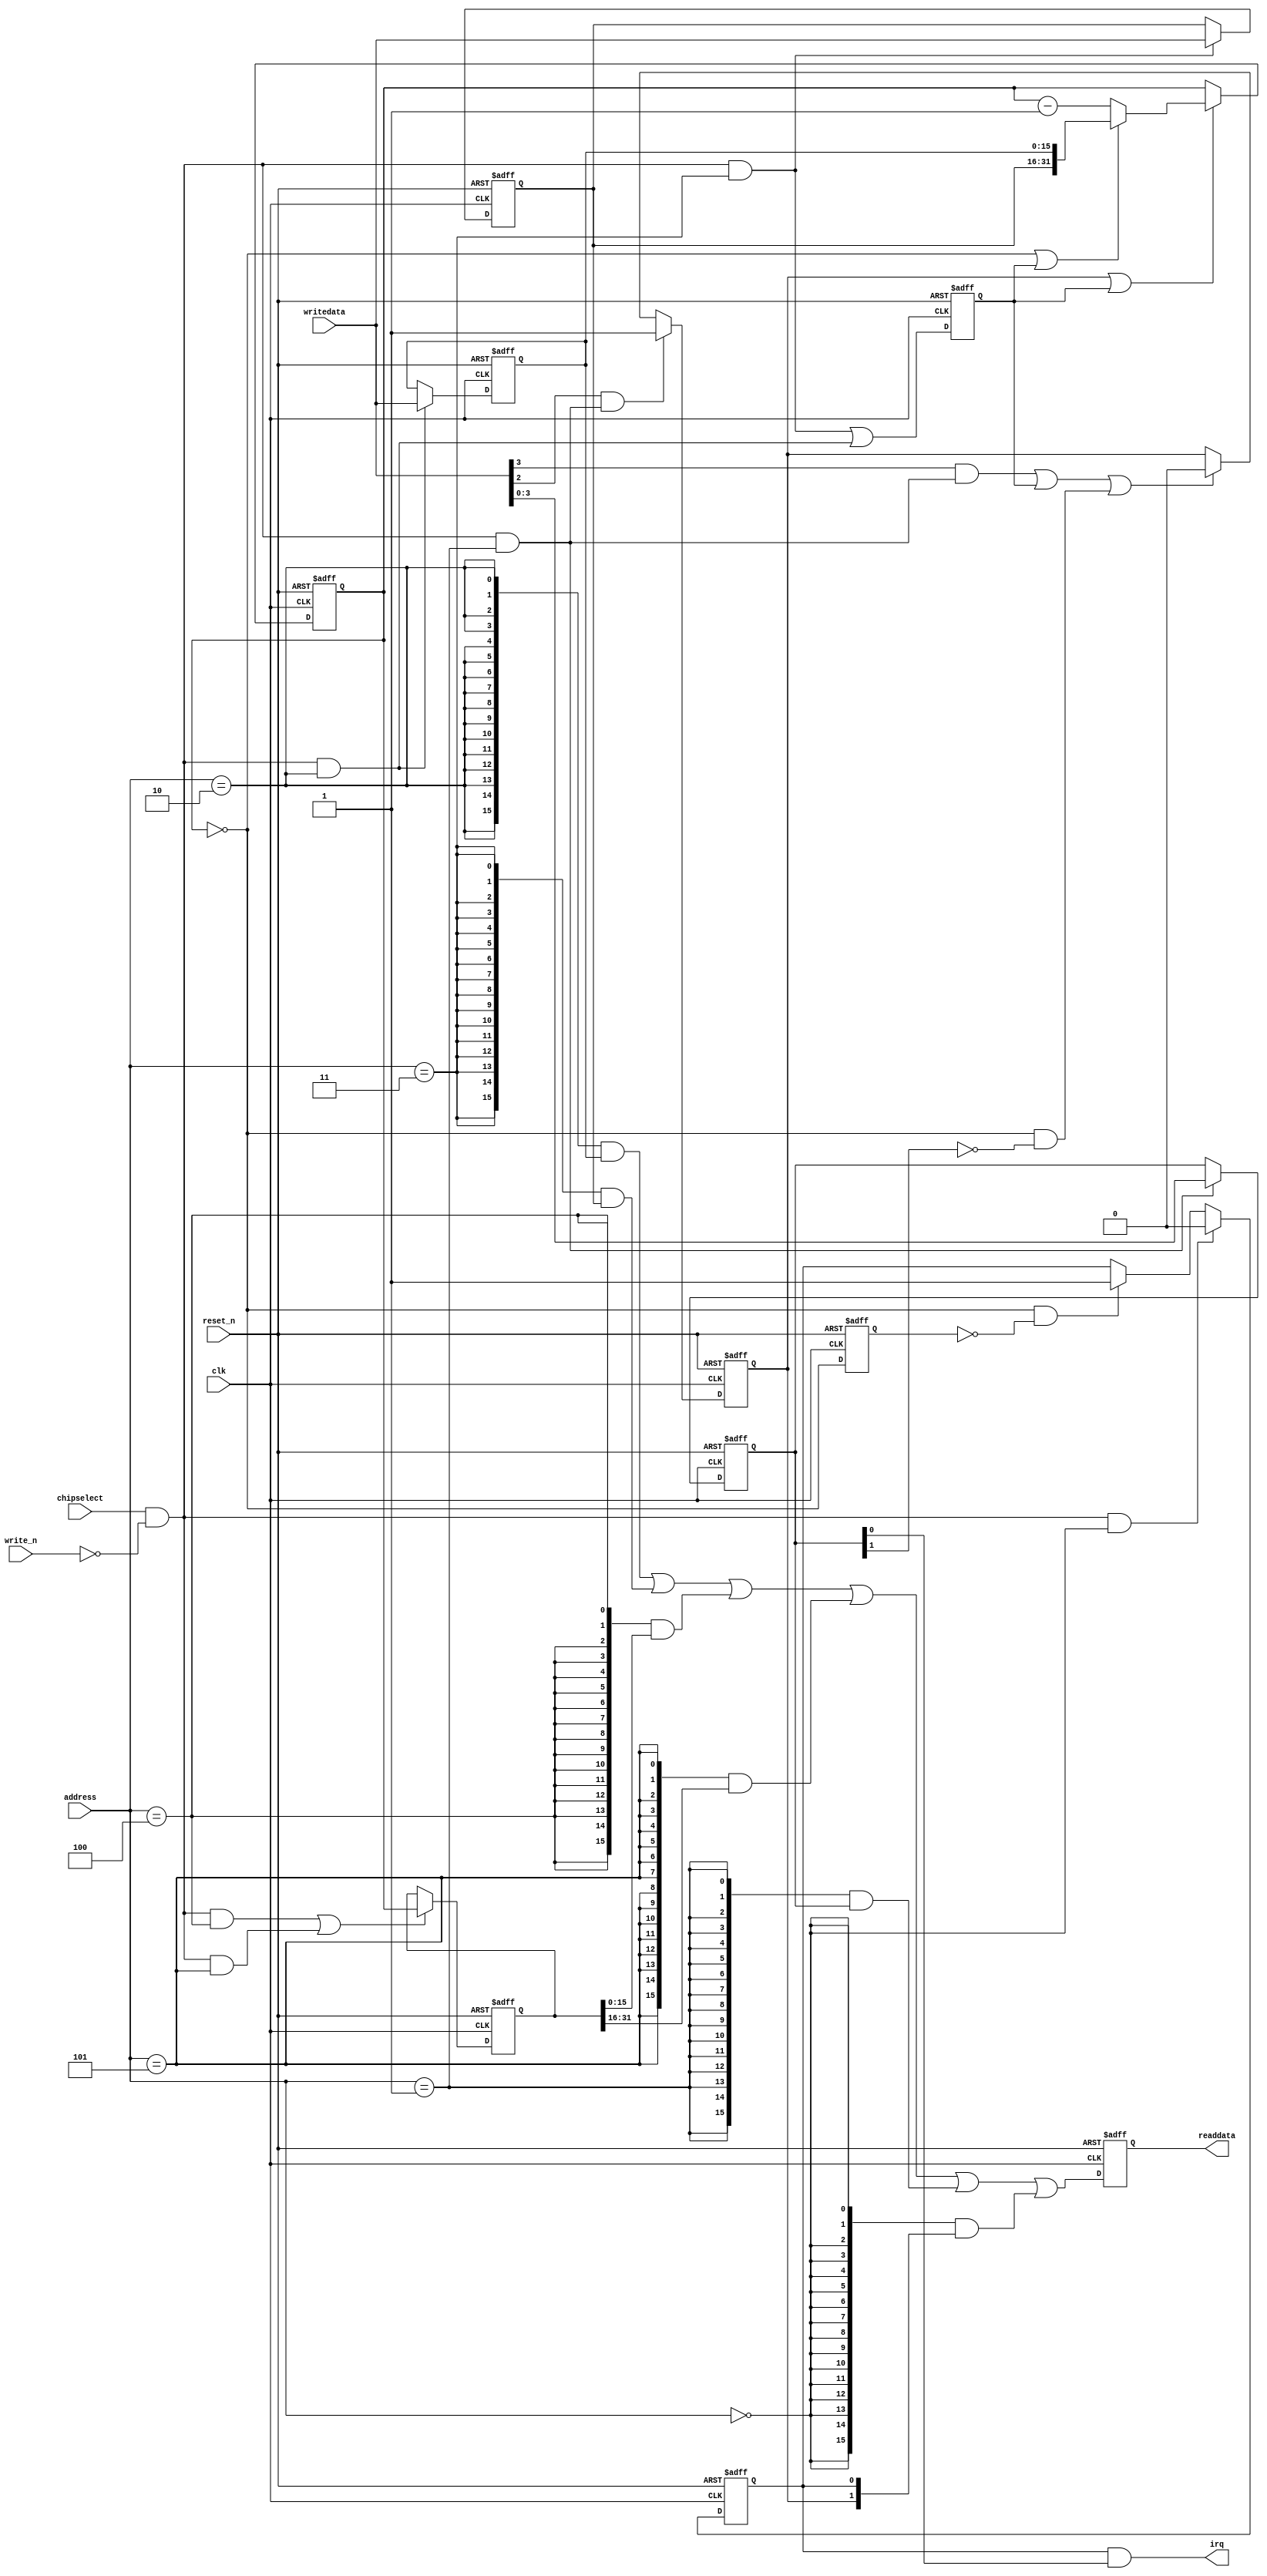
module soc_system_timer_cpu_s0 (
                                  address,
                                  chipselect,
                                  clk,
                                  reset_n,
                                  write_n,
                                  writedata,
                                  irq,
                                  readdata
                               )
;
  output           irq;
  output  [ 15: 0] readdata;
  input   [  2: 0] address;
  input            chipselect;
  input            clk;
  input            reset_n;
  input            write_n;
  input   [ 15: 0] writedata;
  wire             clk_en;
  wire             control_continuous;
  wire             control_interrupt_enable;
  reg     [  3: 0] control_register;
  wire             control_wr_strobe;
  reg              counter_is_running;
  wire             counter_is_zero;
  wire    [ 31: 0] counter_load_value;
  reg     [ 31: 0] counter_snapshot;
  reg              delayed_unxcounter_is_zeroxx0;
  wire             do_start_counter;
  wire             do_stop_counter;
  reg              force_reload;
  reg     [ 31: 0] internal_counter;
  wire             irq;
  reg     [ 15: 0] period_h_register;
  wire             period_h_wr_strobe;
  reg     [ 15: 0] period_l_register;
  wire             period_l_wr_strobe;
  wire    [ 15: 0] read_mux_out;
  reg     [ 15: 0] readdata;
  wire             snap_h_wr_strobe;
  wire             snap_l_wr_strobe;
  wire    [ 31: 0] snap_read_value;
  wire             snap_strobe;
  wire             start_strobe;
  wire             status_wr_strobe;
  wire             stop_strobe;
  wire             timeout_event;
  reg              timeout_occurred;
  assign clk_en = 1;
  always @(posedge clk or negedge reset_n)
    begin
      if (reset_n == 0)
          internal_counter <= 32'h3D08F;
      else if (counter_is_running || force_reload)
          if (counter_is_zero    || force_reload)
              internal_counter <= counter_load_value;
          else 
            internal_counter <= internal_counter - 1;
    end
  assign counter_is_zero = internal_counter == 0;
  assign counter_load_value = {period_h_register,
    period_l_register};
  always @(posedge clk or negedge reset_n)
    begin
      if (reset_n == 0)
          force_reload <= 0;
      else if (clk_en)
          force_reload <= period_h_wr_strobe || period_l_wr_strobe;
    end
  assign do_start_counter = start_strobe;
  assign do_stop_counter = (stop_strobe                            ) ||
    (force_reload                           ) ||
    (counter_is_zero && ~control_continuous );
  always @(posedge clk or negedge reset_n)
    begin
      if (reset_n == 0)
          counter_is_running <= 1'b0;
      else if (clk_en)
          if (do_start_counter)
              counter_is_running <= -1;
          else if (do_stop_counter)
              counter_is_running <= 0;
    end
  always @(posedge clk or negedge reset_n)
    begin
      if (reset_n == 0)
          delayed_unxcounter_is_zeroxx0 <= 0;
      else if (clk_en)
          delayed_unxcounter_is_zeroxx0 <= counter_is_zero;
    end
  assign timeout_event = (counter_is_zero) & ~(delayed_unxcounter_is_zeroxx0);
  always @(posedge clk or negedge reset_n)
    begin
      if (reset_n == 0)
          timeout_occurred <= 0;
      else if (clk_en)
          if (status_wr_strobe)
              timeout_occurred <= 0;
          else if (timeout_event)
              timeout_occurred <= -1;
    end
  assign irq = timeout_occurred && control_interrupt_enable;
  assign read_mux_out = ({16 {(address == 2)}} & period_l_register) |
    ({16 {(address == 3)}} & period_h_register) |
    ({16 {(address == 4)}} & snap_read_value[15 : 0]) |
    ({16 {(address == 5)}} & snap_read_value[31 : 16]) |
    ({16 {(address == 1)}} & control_register) |
    ({16 {(address == 0)}} & {counter_is_running,
    timeout_occurred});
  always @(posedge clk or negedge reset_n)
    begin
      if (reset_n == 0)
          readdata <= 0;
      else if (clk_en)
          readdata <= read_mux_out;
    end
  assign period_l_wr_strobe = chipselect && ~write_n && (address == 2);
  assign period_h_wr_strobe = chipselect && ~write_n && (address == 3);
  always @(posedge clk or negedge reset_n)
    begin
      if (reset_n == 0)
          period_l_register <= 53391;
      else if (period_l_wr_strobe)
          period_l_register <= writedata;
    end
  always @(posedge clk or negedge reset_n)
    begin
      if (reset_n == 0)
          period_h_register <= 3;
      else if (period_h_wr_strobe)
          period_h_register <= writedata;
    end
  assign snap_l_wr_strobe = chipselect && ~write_n && (address == 4);
  assign snap_h_wr_strobe = chipselect && ~write_n && (address == 5);
  assign snap_strobe = snap_l_wr_strobe || snap_h_wr_strobe;
  always @(posedge clk or negedge reset_n)
    begin
      if (reset_n == 0)
          counter_snapshot <= 0;
      else if (snap_strobe)
          counter_snapshot <= internal_counter;
    end
  assign snap_read_value = counter_snapshot;
  assign control_wr_strobe = chipselect && ~write_n && (address == 1);
  always @(posedge clk or negedge reset_n)
    begin
      if (reset_n == 0)
          control_register <= 0;
      else if (control_wr_strobe)
          control_register <= writedata[3 : 0];
    end
  assign stop_strobe = writedata[3] && control_wr_strobe;
  assign start_strobe = writedata[2] && control_wr_strobe;
  assign control_continuous = control_register[1];
  assign control_interrupt_enable = control_register[0];
  assign status_wr_strobe = chipselect && ~write_n && (address == 0);
endmodule